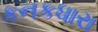
કનકધારા